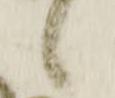
候